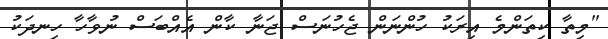
"މިތާ ކިތަންމެ އިރަކު ހުންނަން ޖެހުނަސް ޖަނާ ކާން އެއްބަސް ނުވާހާ ހިނދަކު